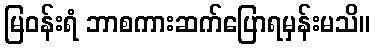
မြဝန်းရံ ဘာစကားဆက်ပြောရမှန်းမသိ။